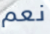
نعم